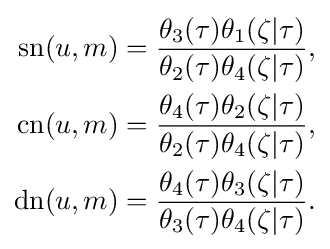
{\begin{aligned}\operatorname {sn} (u,m)&={\frac {\theta _{3}(\tau )\theta _{1}(\zeta |\tau )}{\theta _{2}(\tau )\theta _{4}(\zeta |\tau )}},\\\operatorname {cn} (u,m)&={\frac {\theta _{4}(\tau )\theta _{2}(\zeta |\tau )}{\theta _{2}(\tau )\theta _{4}(\zeta |\tau )}},\\\operatorname {dn} (u,m)&={\frac {\theta _{4}(\tau )\theta _{3}(\zeta |\tau )}{\theta _{3}(\tau )\theta _{4}(\zeta |\tau )}}.\end{aligned}}